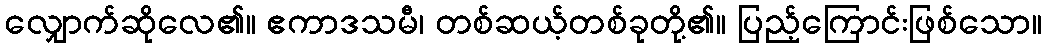
လျှောက်ဆိုလေ၏။ ဧကာဒသမီ၊ တစ်ဆယ့်တစ်ခုတို့၏။ ပြည့်ကြောင်းဖြစ်သော။